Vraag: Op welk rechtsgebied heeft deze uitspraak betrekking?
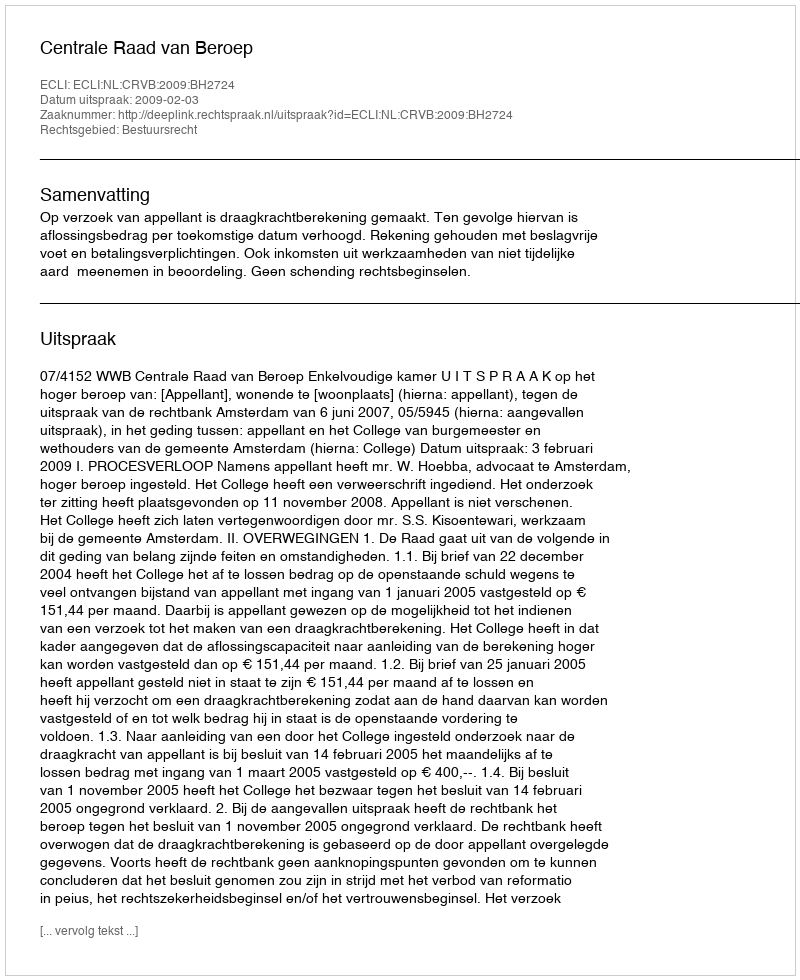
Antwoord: Bestuursrecht